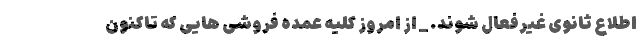
اطلاع ثانوی غیرفعال شوند. _ از امروز کلیه عمده فروشی هایی که تاکنون